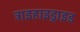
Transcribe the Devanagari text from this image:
ट्राइहाइड्राइड